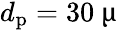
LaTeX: d_{\mathrm{p}}=30~\upmu